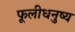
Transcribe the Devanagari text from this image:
फूलीधनुष्य